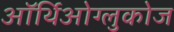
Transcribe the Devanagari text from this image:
ऑर्थिओग्लुकोज